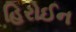
હિરોઈન